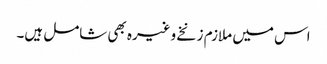
اس میں ملازم زنخے وغیرہ بھی شامل ہیں۔